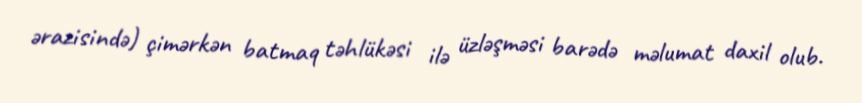
ərazisində) çimərkən batmaq təhlükəsi ilə üzləşməsi barədə məlumat daxil olub.